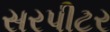
સરપીટર